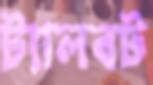
ট্যালবট